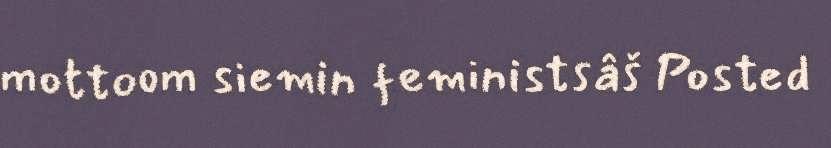
mottoom siemin feministsâš Posted